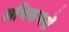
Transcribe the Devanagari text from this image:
अभिकथनों